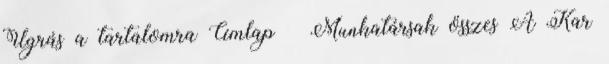
Ugrás a tartalomra Címlap » Munkatársak összes A Kar